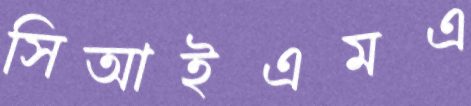
সিআইএমএ